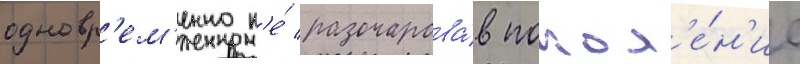
одновр'ем'енно н'е́ разочарова́в покол'е́н'ие